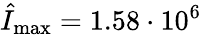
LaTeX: \hat{I}_{\operatorname*{max}}=1.58\cdot 10^{6}